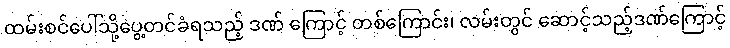
ထမ်းစင်ပေါ်သို့ပွေ့တင်ခံရသည့် ဒဏ် ကြောင့် တစ်ကြောင်း၊ လမ်းတွင် ဆောင့်သည့်ဒဏ်ကြောင့်